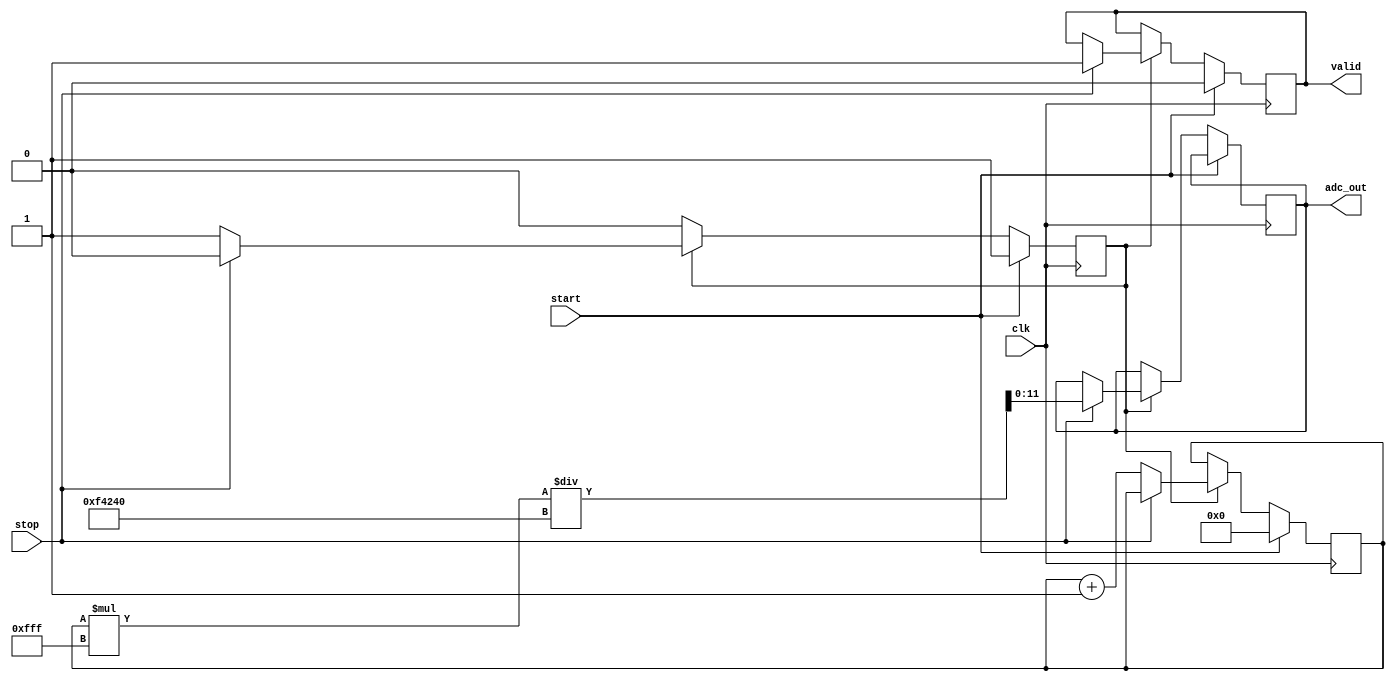
module TDC (
    input wire clk,          // High-resolution clock
    input wire start,        // START signal
    input wire stop,         // STOP signal
    output reg [11:0] adc_out, // ADC output (12-bit for example)
    output reg valid         // Output valid signal
);

    reg [31:0] counter;      // Counter for clock cycles
    reg measuring;           // State to indicate if measuring
    reg [11:0] voltage;      // Voltage level representation
    reg [11:0] voltage_scale; // Scaling factor for voltage output

    // Parameters for time-to-voltage conversion
    parameter MAX_COUNT = 32'd1000000; // Example max count for scaling
    parameter VOLTAGE_REF = 12'd4095;   // Reference voltage for ADC (12-bit)

    // State machine for measuring time intervals
    always @(posedge clk) begin
        if (start) begin
            measuring <= 1'b1; // Start measuring
            counter <= 32'd0;  // Reset counter
            valid <= 1'b0;     // Reset valid signal
        end else if (measuring) begin
            if (stop) begin
                measuring <= 1'b0; // Stop measuring
                valid <= 1'b1;      // Set valid signal
                // Convert time to voltage
                voltage = (counter * VOLTAGE_REF) / MAX_COUNT;
                adc_out <= voltage; // Output to ADC
            end else begin
                counter <= counter + 1; // Increment counter
            end
        end
    end

    // Optional: Voltage scaling logic (if needed)
    always @(posedge clk) begin
        if (valid) begin
            // Here you can implement additional scaling or offset logic if necessary
            // For example:
            // voltage_scale = some_scaling_function(voltage);
            // adc_out <= voltage_scale;
        end
    end

endmodule